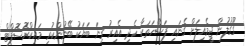
ގޫގުލުން ޖީމެއިލަށް ގެނައި ފަސޭހަތަކާ ހެދި އެއިރު ގިނަ ބަޔަކު ބޭނުންކުރި މައިކްރޮސޮފްޓް